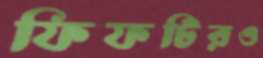
ফিফটিরও